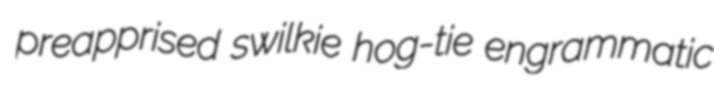
preapprised swilkie hog-tie engrammatic